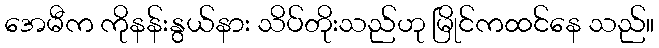
အေမီက ကိုနန်းနွယ်နား သိပ်တိုးသည်ဟု မြိုင်ကထင်နေ သည်။